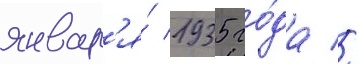
январ'я́ 1935 го́да //